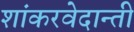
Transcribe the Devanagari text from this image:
शांकरवेदान्ती